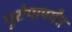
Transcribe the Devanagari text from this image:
युरोपापर्यंत